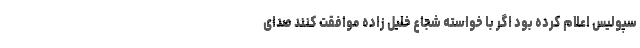
سپولیس اعلام کرده بود اگر با خواسته شجاع خلیل زاده موافقت کنند صدای